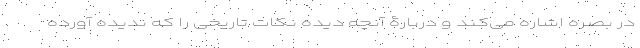
در بصره اشاره می‌کند و دربارۀ آنچه دیده نکات تاریخی را که ندیده آورده